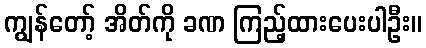
ကျွန်တော့် အိတ်ကို ခဏ ကြည့်ထားပေးပါဦး။